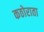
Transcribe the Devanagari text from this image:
कठोराता